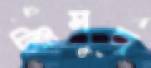
নিঃসঙ্গ